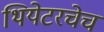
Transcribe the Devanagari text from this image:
थियेटरचेच